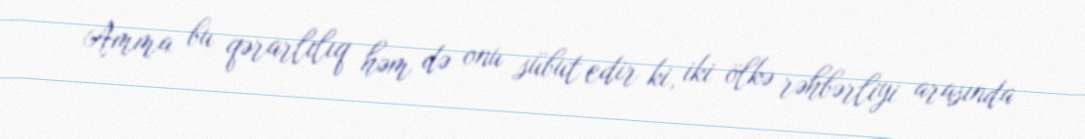
Amma bu qərarlılıq həm də onu sübut edir ki, iki ölkə rəhbərliyi arasında